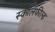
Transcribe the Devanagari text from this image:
स्कॉलफील्ड